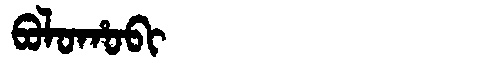
Manchu: ᠪᠣᠯᠣᡥᠣᠪᡳ
Romanization: BOLOHOBI